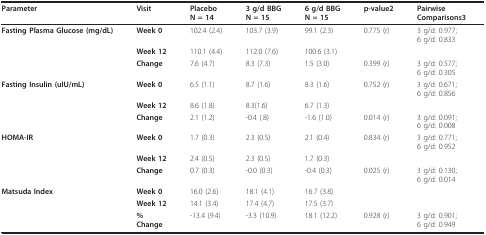
| Parameter | Visit | PlaceboN = 14 | 3 g/d BBGN = 15 | 6 g/d BBGN = 15 | p-value2 | PairwiseComparisons3 |
 | --- | --- | --- | --- | --- | --- | --- |
 | Fasting Plasma Glucose (mg/dL) | Week 0 | 102.4 (2.4) | 103.7 (3.9) | 99.1 (2.3) | 0.775 (r) | 3 g/d: 0.977;6 g/d: 0.833 |
 |  | Week 12 | 110.1 (4.4) | 112.0 (7.6) | 100.6 (3.1) |  |  |
 |  | Change | 7.6 (4.7) | 8.3 (7.3) | 1.5 (3.0) | 0.399 (r) | 3 g/d: 0.577;6 g/d: 0.305 |
 | Fasting Insulin (uIU/mL) | Week 0 | 6.5 (1.1) | 8.7 (1.6) | 8.3 (1.6) | 0.752 (r) | 3 g/d: 0.671;6 g/d: 0.856 |
 |  | Week 12 | 8.6 (1.8) | 8.3(1.6) | 6.7 (1.3) |  |  |
 |  | Change | 2.1 (1.2) | -0.4 (.8) | -1.6 (1.0) | 0.014 (r) | 3 g/d: 0.091;6 g/d: 0.008 |
 | HOMA-IR | Week 0 | 1.7 (0.3) | 2.3 (0.5) | 2.1 (0.4) | 0.834 (r) | 3 g/d: 0.771;6 g/d: 0.952 |
 |  | Week 12 | 2.4 (0.5) | 2.3 (0.5) | 1.7 (0.3) |  |  |
 |  | Change | 0.7 (0.3) | -0.0 (0.3) | -0.4 (0.3) | 0.025 (r) | 3 g/d: 0.130;6 g/d: 0.014 |
 | Matsuda Index | Week 0 | 16.0 (2.6) | 18.1 (4.1) | 16.7 (3.8) |  |  |
 |  | Week 12 | 14.1 (3.4) | 17.4 (4.7) | 17.5 (3.7) |  |  |
 |  | %Change | -13.4 (9.4) | -3.3 (10.9) | 18.1 (12.2) | 0.928 (r) | 3 g/d: 0.901;6 g/d: 0.949 |